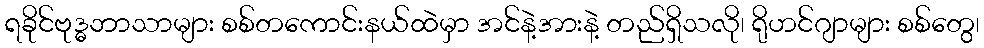
ရခိုင်ဗုဒ္ဓဘာသာများ စစ်တကောင်းနယ်ထဲမှာ အင်နဲ့အားနဲ့ တည်ရှိသလို၊ ရိုဟင်ဂျာများ စစ်တွေ၊